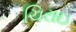
ચિરાઇ